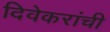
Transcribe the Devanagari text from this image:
दिवेकरांची